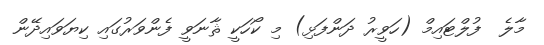
މާލެ  ފުލްޓައިމް (ހަވީރު ދަންފަޅި) މި ކޯހަކީ ޘާނަވީ ފެންވަރުގައި ކިޔަވައިދޭން